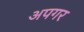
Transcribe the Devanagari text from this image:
अपगर